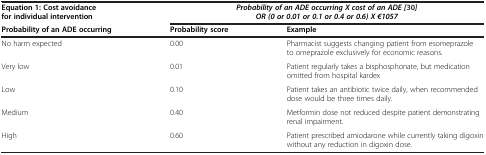
| Equation 1: Cost avoidance for individual intervention | <COLSPAN=2> Probability of an ADE occurring X cost of an ADE [30]OR (0 or 0.01 or 0.1 or 0.4 or 0.6) X €1057 |
 | Probability of an ADE occurring | Probability score | Example |
 | --- | --- | --- |
 | No harm expected | 0.00 | Pharmacist suggests changing patient from esomeprazole to omeprazole exclusively for economic reasons. |
 | Very low | 0.01 | Patient regularly takes a bisphosphonate, but medication omitted from hospital kardex |
 | Low | 0.10 | Patient takes an antibiotic twice daily, when recommended dose would be three times daily. |
 | Medium | 0.40 | Metformin dose not reduced despite patient demonstrating renal impairment. |
 | High | 0.60 | Patient prescribed amiodarone while currently taking digoxin without any reduction in digoxin dose. |